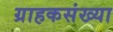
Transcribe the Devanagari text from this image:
ग्राहकसंख्या